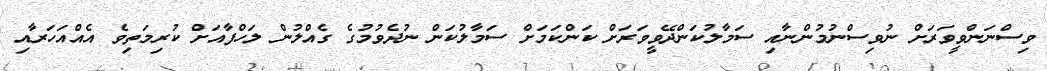
ވިސްނަންވީވަރަށް ނުވިސްނުމުންނާއި ސަމާލުކަންދޭވީވަރަށް ކަންކަމަށް ސަމާލުކަން ނުދެވުމުގެ ގެއްލުން ލަހްފާއަށް ކުރިމަތިވެ އެއްއަހަރާއި